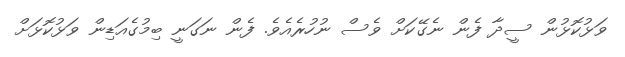
ވަޅުކޮޅުން ސީދާ ފެން ނެގޭކަށް ވެސް ނުހުރެއެވެ. ފެން ނަގަނީ ބިމުގެއަޑިން ވަޅުކޮޅަށް